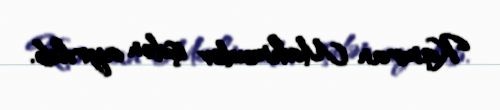
Kamran Mahmudov işdən ayrılıb.